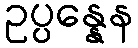
ဥပ္ပန္နေန